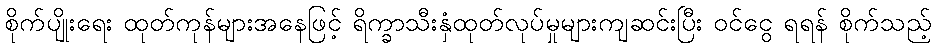
စိုက်ပျိုးရေး ထုတ်ကုန်များအနေဖြင့် ရိက္ခာသီးနှံထုတ်လုပ်မှုများကျဆင်းပြီး ဝင်ငွေ ရရန် စိုက်သည့်